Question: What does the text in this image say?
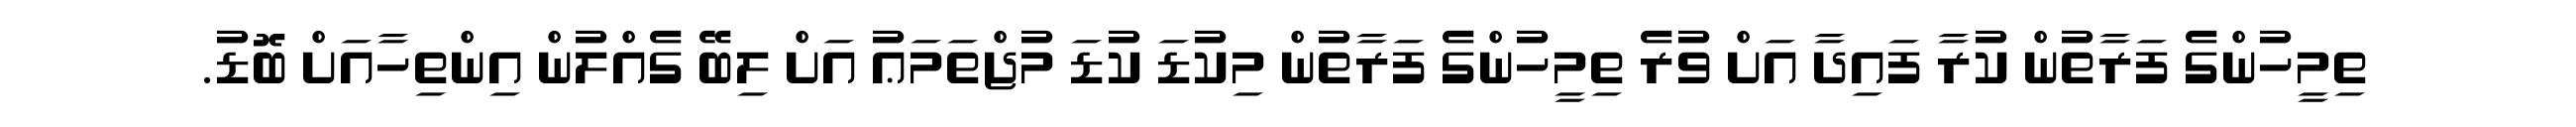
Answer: ތިމީހުންގެ ފަރާތުން ކުރާ ފައިދާ އަށް ވުރެ ތިމީހުންގެ ފަރާތުން މިކުޑަ ކުޑަ މުޖްތަމަޢު އަށް ލިބޭ ގެއްލުން އިންތިހާއަށް ބޮޑު.